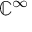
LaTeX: \mathbb { C } ^ { \infty }